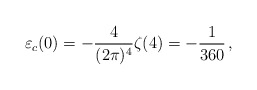
\begin{align*}\varepsilon_{c} (0) = -\frac{4}{(2\pi)^4} \zeta(4) = -{1\over 360}\,,\end{align*}